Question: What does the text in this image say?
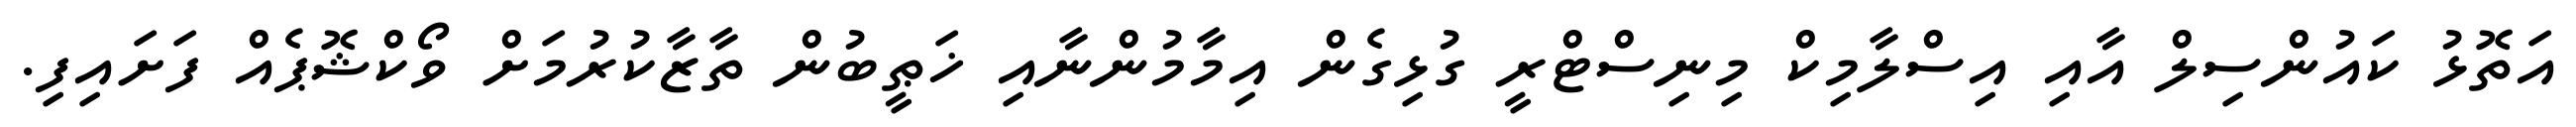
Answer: އަތޮޅު ކައުންސިލް އާއި އިސްލާމިކް މިނިސްޓްރީ ގުޅިގެން އިމާމުންނާއި ޚަޠީބުން ތާޒާކުރުމަށް ވޯކްޝޮޕެއް ފަށައިފި.